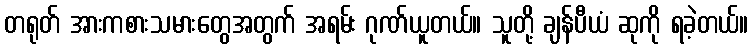
တရုတ် အားကစားသမားတွေအတွက် အရမ်း ဂုဏ်ယူတယ်။ သူတို့ ချန်ပီယံ ဆုကို ရခဲ့တယ်။